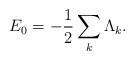
LaTeX: \begin{align*}E_{0}=-\frac{1}{2}\sum_{k} \Lambda_{k}.\end{align*}